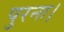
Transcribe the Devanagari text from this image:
पुरना।